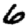
Digit: 6